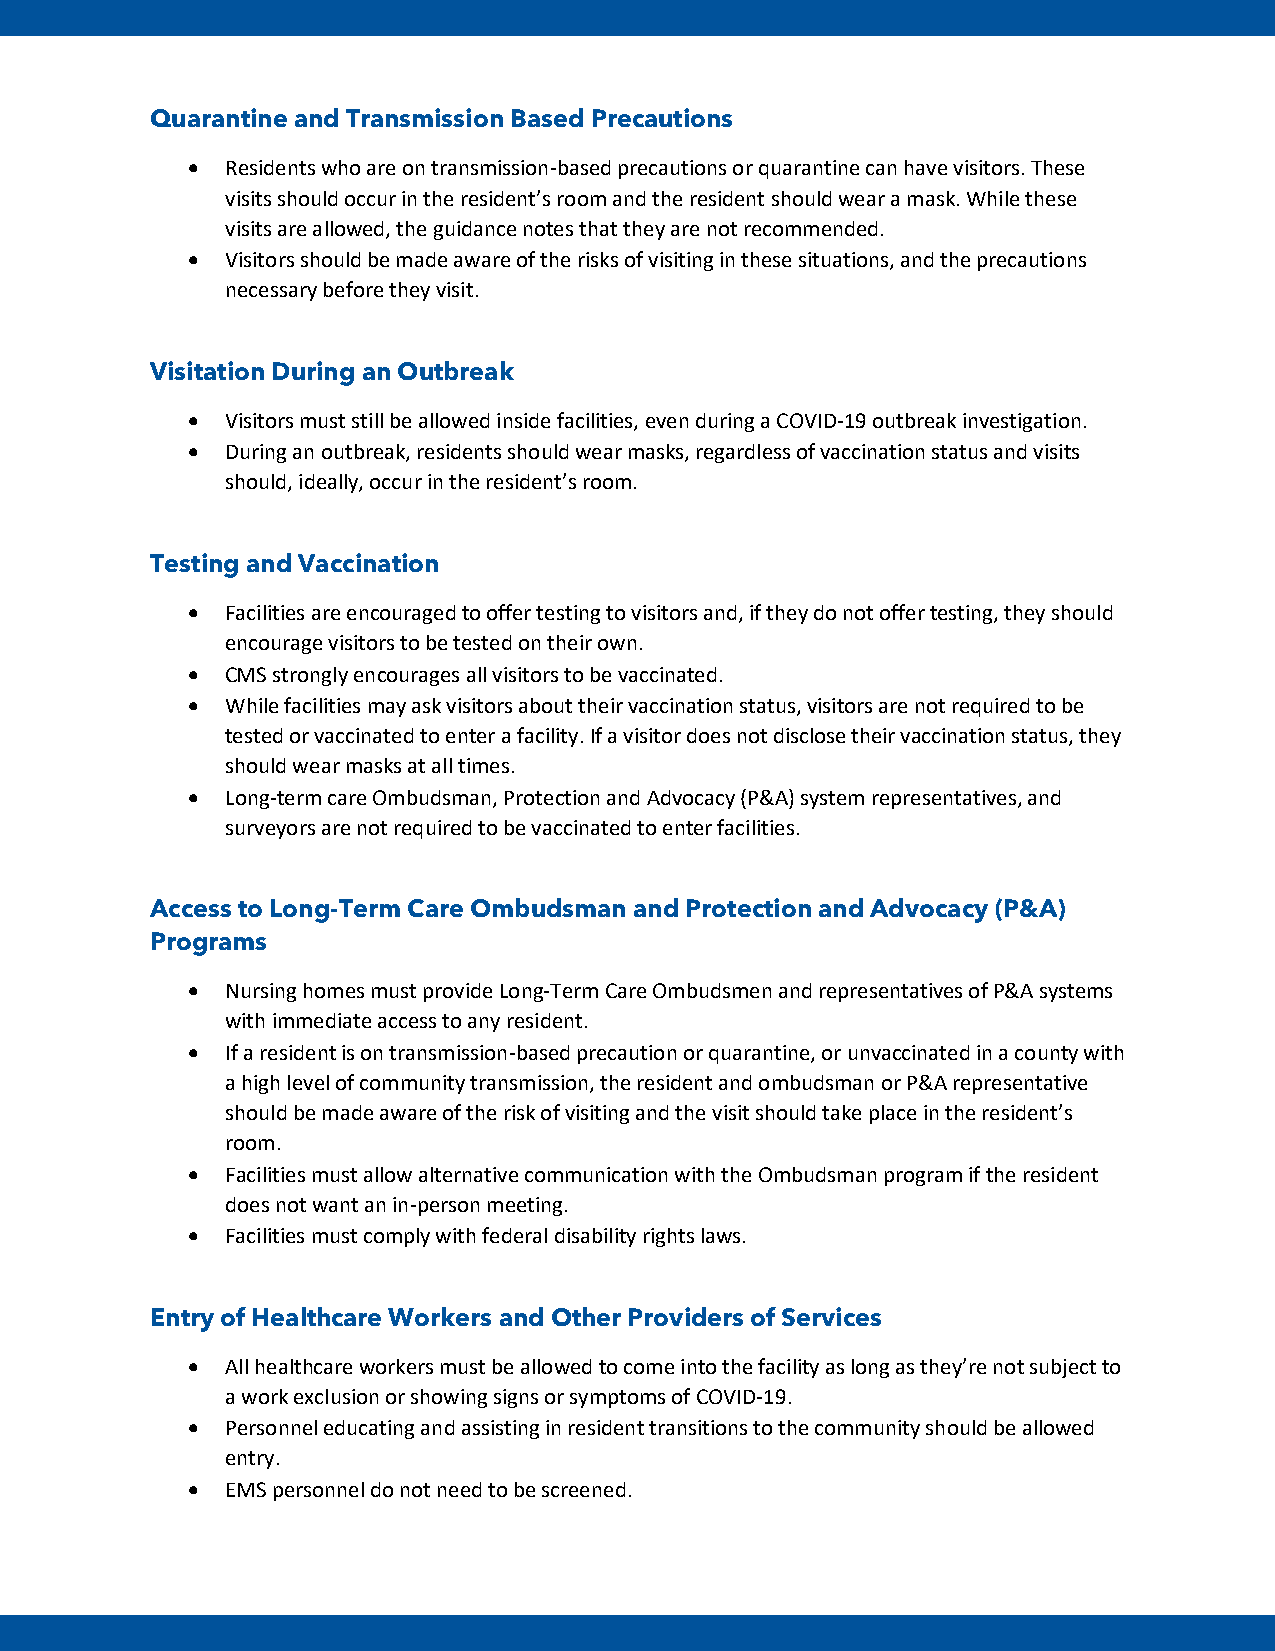
Quarantine and Transmission Based Precautions
 •  Residents who are on transmission-based precautions or quarantine can have visitors. These
 visits should occur in the resident’s room and the resident should wear a mask. While these
 visits are allowed, the guidance notes that they are not recommended.
 •  Visitors should be made aware of the risks of visiting in these situations, and the precautions
 necessary before they visit.
 Visitation During an Outbreak
 •  Visitors must still be allowed inside facilities, even during a COVID-19 outbreak investigation.
 •  During an outbreak, residents should wear masks, regardless of vaccination status and visits
 should, ideally, occur in the resident’s room.
 Testing and Vaccination
 •  Facilities are encouraged to offer testing to visitors and, if they do not offer testing, they should
 encourage visitors to be tested on their own.
 •  CMS strongly encourages all visitors to be vaccinated.
 •  While facilities may ask visitors about their vaccination status, visitors are not required to be
 tested or vaccinated to enter a facility. If a visitor does not disclose their vaccination status, they
 should wear masks at all times.
 •  Long-term care Ombudsman, Protection and Advocacy (P&A) system representatives, and
 surveyors are not required to be vaccinated to enter facilities.
 Access to Long-Term Care Ombudsman and Protection and Advocacy (P&A)
 Programs
 •  Nursing homes must provide Long-Term Care Ombudsmen and representatives of P&A systems
 with immediate access to any resident.
 •  If a resident is on transmission-based precaution or quarantine, or unvaccinated in a county with
 a high level of community transmission, the resident and ombudsman or P&A representative
 should be made aware of the risk of visiting and the visit should take place in the resident’s
 room.
 •  Facilities must allow alternative communication with the Ombudsman program if the resident
 does not want an in-person meeting.
 •  Facilities must comply with federal disability rights laws.
 Entry of Healthcare Workers and Other Providers of Services
 •  All healthcare workers must be allowed to come into the facility as long as they’re not subject to
 a work exclusion or showing signs or symptoms of COVID-19.
 •  Personnel educating and assisting in resident transitions to the community should be allowed
 entry.
 •  EMS personnel do not need to be screened.